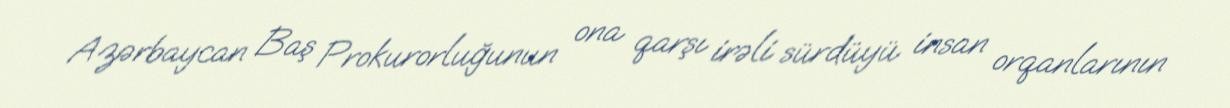
Azərbaycan Baş Prokurorluğunun ona qarşı irəli sürdüyü insan orqanlarının